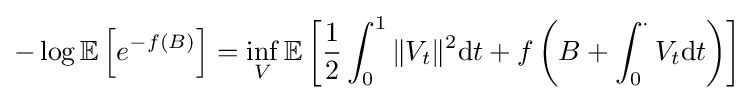
-\log \mathbb {E} \left[e^{-f(B)}\right]=\inf \limits _{V}\mathbb {E} \left[{\frac {1}{2}}\int _{0}^{1}\|V_{t}\|^{2}\mathrm {d} t+f\left(B+\int _{0}^{\cdot }V_{t}\mathrm {d} t\right)\right]